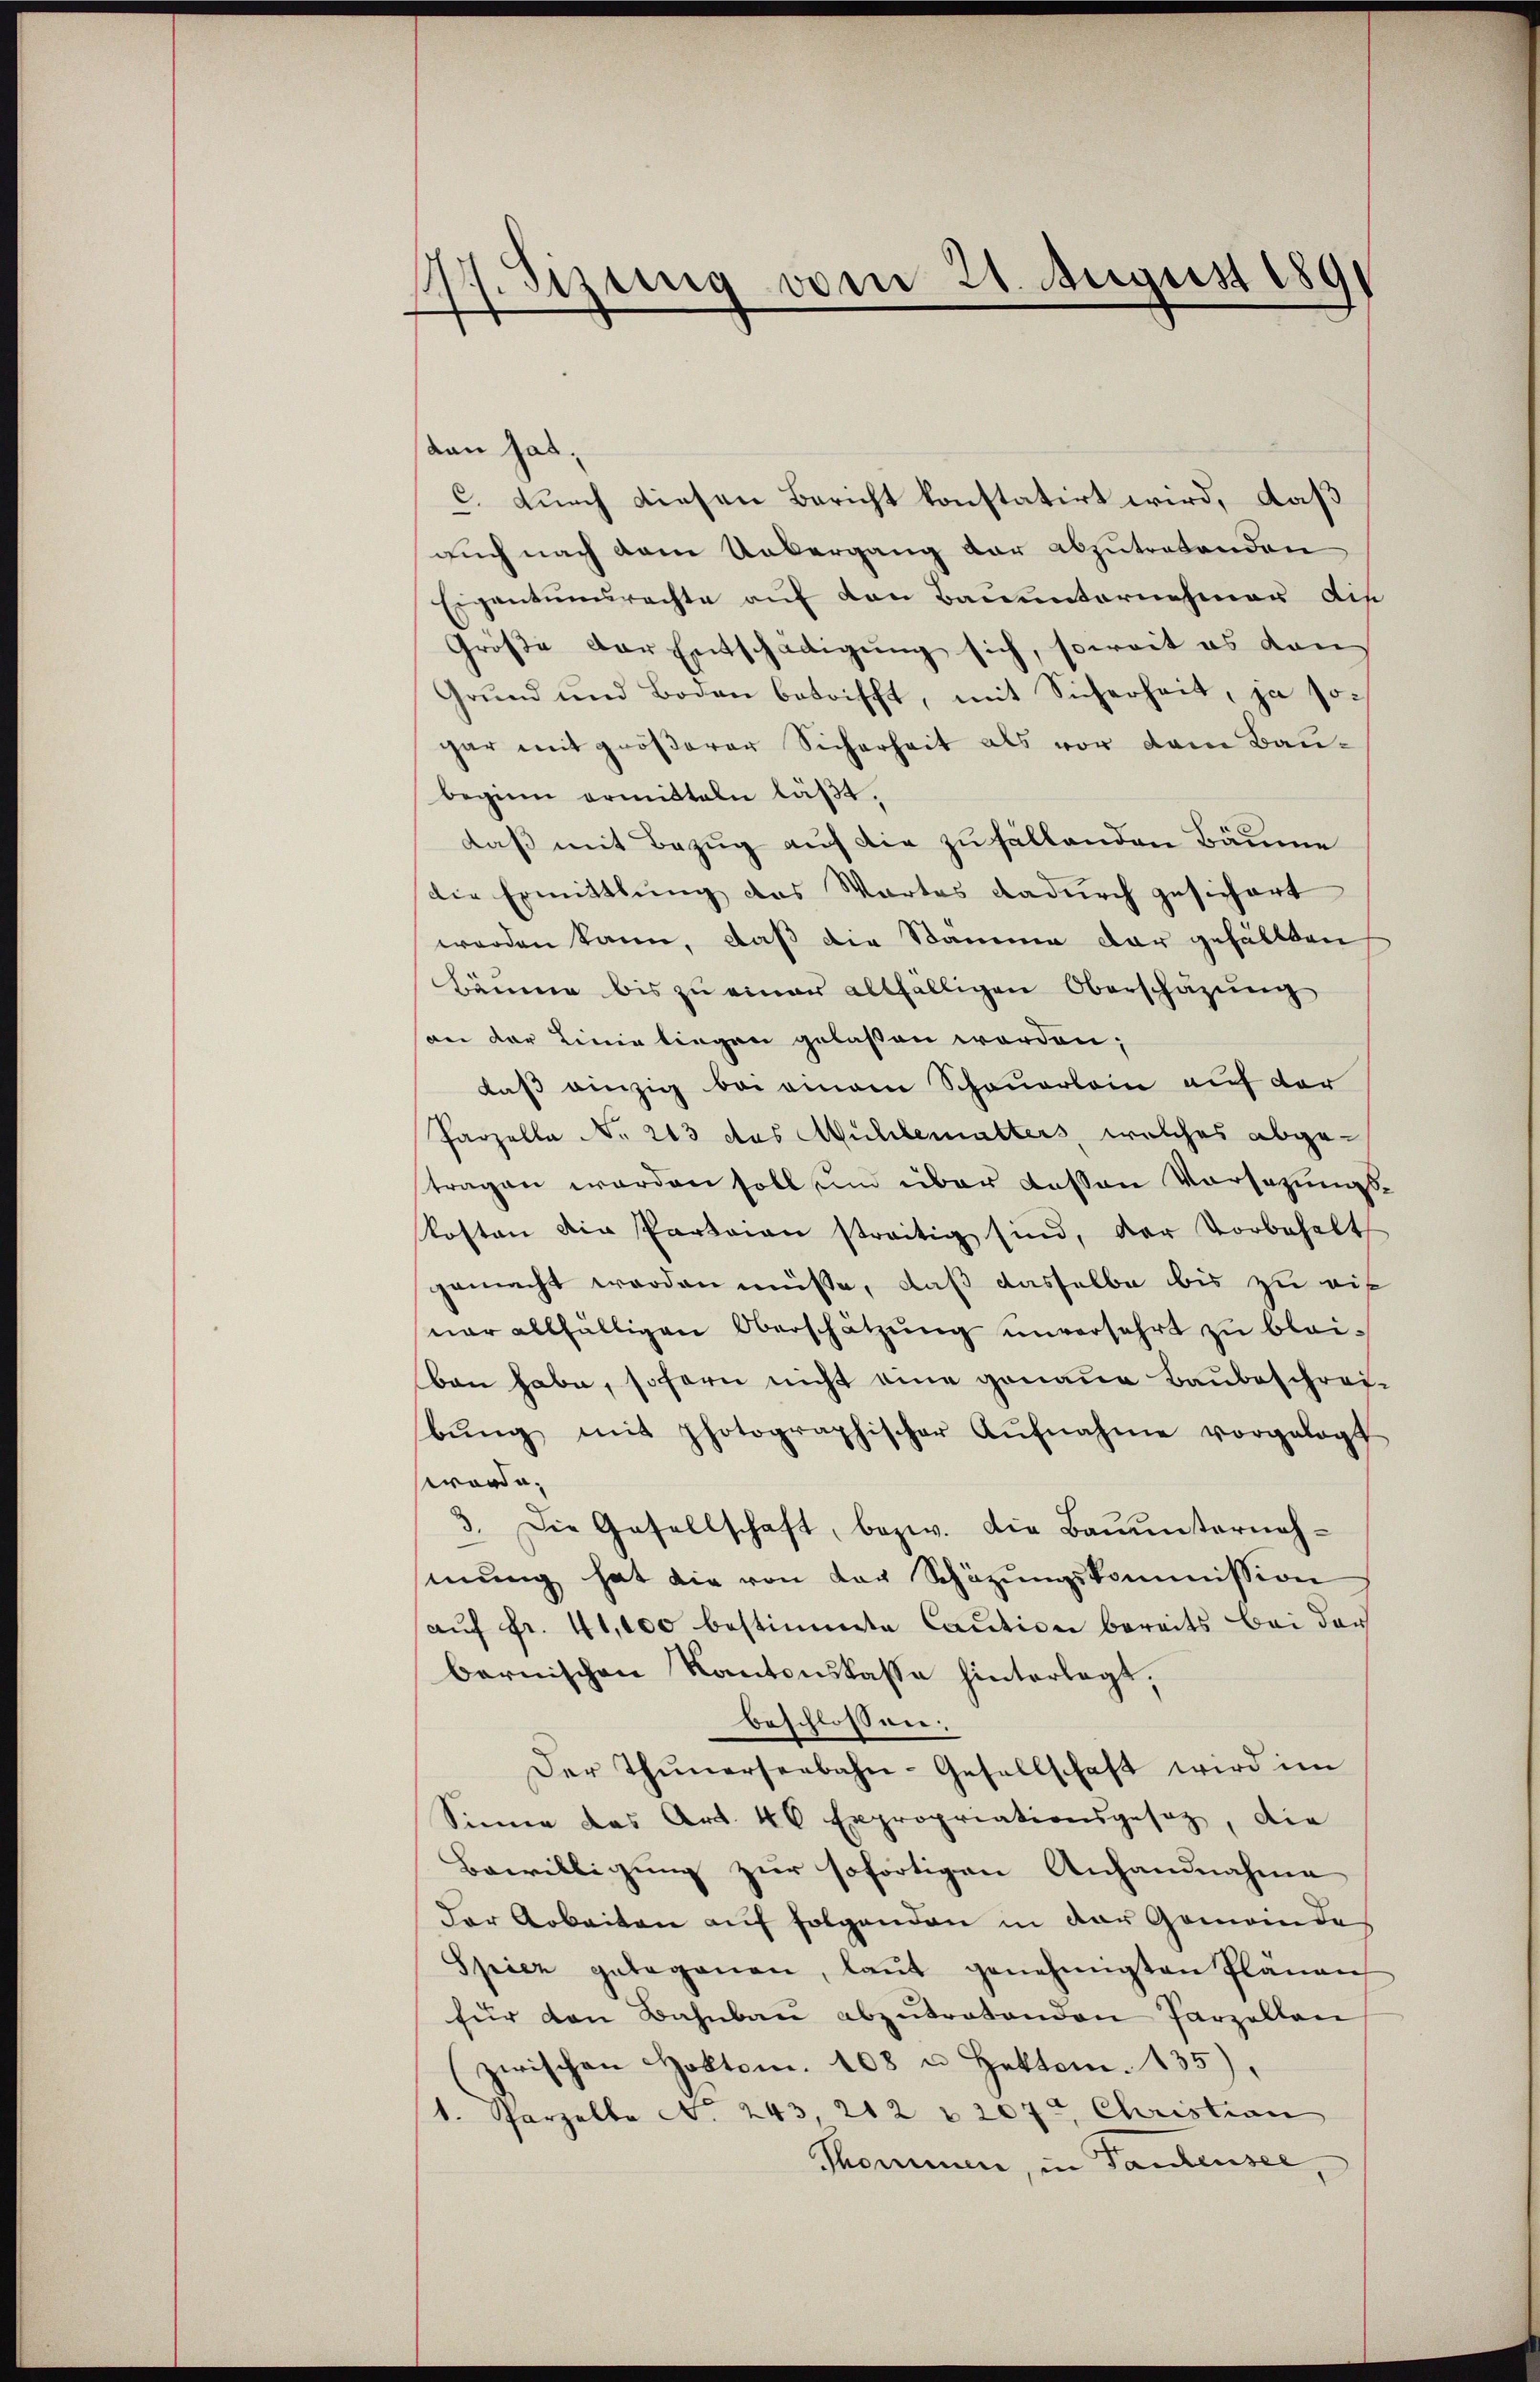
.Sizung vom 21. August 189

dan hat.
C. durch diesen Bericht konstatirt wird, daß
auch nach dem Uebergang vor abzutretenden
Eigentumsrechte auf den Bauunternehmer die
Größe der Entschädigung sich, soweit es dan
Grŭnd und Boden betrifft, mit Sicherheit, ja sogar mit größerer Sicherheit als vor dem Baubeginn ermitteln läßt.
daß mit Bezug auf die zufällenden Bäume
die Ermittlung das Wartes dadurch gesichert
worden kann, daß die Stamme dar gefällten
Bäume bis zu einer allfälligen Oberschäzung
an der Linie liegen gelassen worden;
daß einzig bei einem Schauerlain auf der
Parzella No. 213 des Mühlemalters, welches abgetragen werden soll um über dessen Vorsatzungskosten die Parteien streitig sind, der Vorbehalt
gemacht worden müsse, daß dasselbe bis zu wis
ner allfälligen Oberschätzung unversehrt zu blei-
ben habe, sofern nicht eine genaue Baubeschreibŭng mit photographischer Aŭfnahme vorgelegt
werde.
3. Die Gesellschaft, bezw. die Baŭŭnterneh-
sinŭng hat die von der Schäzŭngskommission
aŭf Fr. 41,000 bestimmte Caution bereits bei der
bernischen Kantonskasse hinterlegt,
beschlossen:
Der Thunerseebahn-Gesellschaft wird im
Sinne das Art. 46 Expropriationsgesetz, die
Bewilligung zur sofortigen Anhandnahme
der Arbeiten auf folgenden in der Gemeindes
Spier gelegenen, laŭt genehmigten Plänen
für den Bahnbau abzŭtretenden Parzellen
zwischen Holten. 108 u Hektom. 135),
1. Sparzelle No. 243, 212 & 207. Christian
Thommen, in Tantensee,